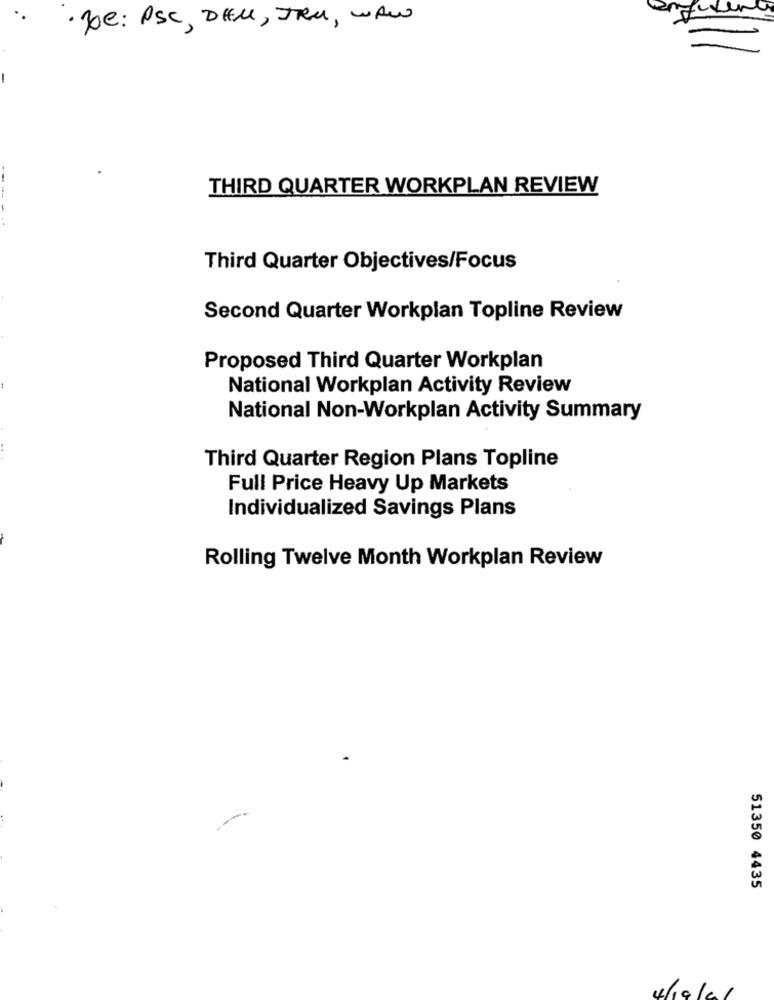
·Je: PSC, DEM, TRU , WAW
THIRD QUARTER WORKPLAN REVIEW
---
Third Quarter Objectives/Focus
Second Quarter Workplan Topline Review
Proposed Third Quarter Workplan
National Workplan Activity Review
National Non-Workplan Activity Summary
Third Quarter Region Plans Topline
Full Price Heavy Up Markets
Individualized Savings Plans
Rolling Twelve Month Workplan Review
51350 4435
4/19/01